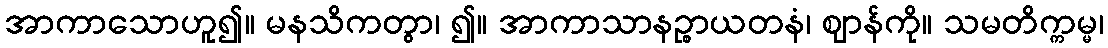
အာကာသောဟူ၍။ မနသိကတွာ၊ ၍။ အာကာသာနဉ္စာယတနံ၊ ဈာန်ကို။ သမတိက္ကမ္မ၊